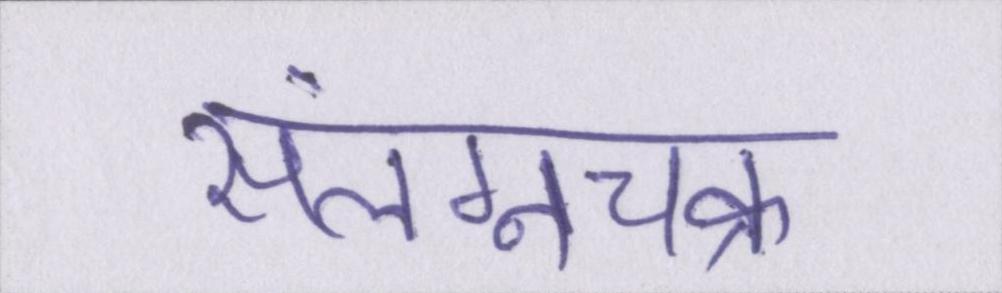
संलग्नचक्र